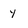
Character: y